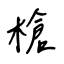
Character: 槍